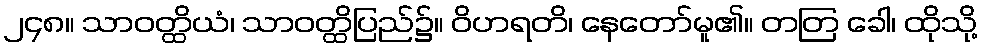
၂၄၈။ သာဝတ္ထိယံ၊ သာဝတ္ထိပြည်၌။ ဝိဟရတိ၊ နေတော်မူ၏။ တတြ ခေါ၊ ထိုသို့